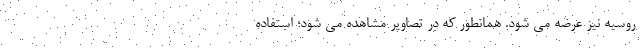
روسیه نیز عرضه می شود. همانطور که در تصاویر مشاهده می شود؛ استفاده